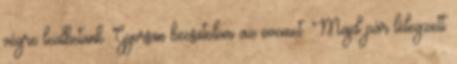
végre leülhetünk. Gyorsan becsatolom az övemet. Majd pár lélegzett